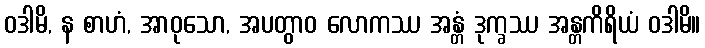
ဝဒါမိ, န စာဟံ, အာဝုသော, အပတွာဝ လောကဿ အန္တံ ဒုက္ခဿ အန္တကိရိယံ ဝဒါမိ။